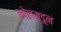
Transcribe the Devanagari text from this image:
कोलम्डून